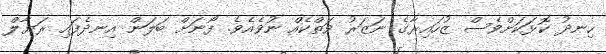
ހިނދު ކޮޅަކަށްވެސް ޒުހައިރާގެ ނަޒަރު ވަތްކެއް ނުވެއެވެ. ފޯނަށް ބަލަން އިނދެފައި ރަޔާލް